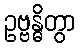
ဥဗ္ဗန္ဓိတွာ